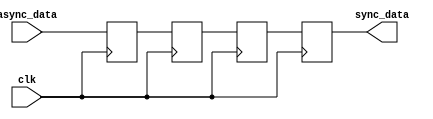
module triple_ff_synchronizer (
    input wire clk,        // Synchronous clock signal
    input wire async_data, // Asynchronous input signal
    output reg sync_data   // Synchronized output signal
);

    // Internal registers for the three flip-flops
    reg ff1, ff2, ff3;

    // Always block triggered on the rising edge of the clock
    always @(posedge clk) begin
        ff1 <= async_data; // First flip-flop captures the asynchronous input
        ff2 <= ff1;        // Second flip-flop captures the output of the first
        ff3 <= ff2;        // Third flip-flop captures the output of the second
    end

    // Assign the output of the third flip-flop to the synchronized output
    always @(posedge clk) begin
        sync_data <= ff3;  // Final output is the output of the third flip-flop
    end

endmodule